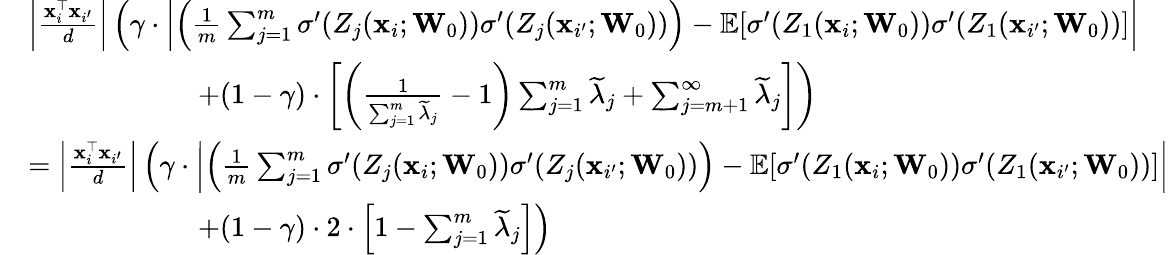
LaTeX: \begin{array}{rl}&{\left|\frac{\mathbf{x}_{i}^{\top}\mathbf{x}_{i^{\prime}}}{d}\right|\left(\gamma\cdot\left|\left(\frac{1}{m}\sum_{j=1}^{m}\sigma^{\prime}(Z_{j}(\mathbf{x}_{i};\mathbf{W}_{0}))\sigma^{\prime}(Z_{j}(\mathbf{x}_{i^{\prime}};\mathbf{W}_{0}))\right)-\mathbb E[\sigma^{\prime}(Z_{1}(\mathbf{x}_{i};\mathbf{W}_{0}))\sigma^{\prime}(Z_{1}(\mathbf{x}_{i^{\prime}};\mathbf{W}_{0}))]\right|\right.}\\ &{\qquad\qquad\qquad\left.+(1-\gamma)\cdot\left[\left(\frac{1}{\sum_{j=1}^{m}\widetilde\lambda_{j}}-1\right)\sum_{j=1}^{m}\widetilde\lambda_{j}+\sum_{j=m+1}^{\infty}\widetilde\lambda_{j}\right]\right)}\\ &{=\left|\frac{\mathbf{x}_{i}^{\top}\mathbf{x}_{i^{\prime}}}{d}\right|\left(\gamma\cdot\left|\left(\frac{1}{m}\sum_{j=1}^{m}\sigma^{\prime}(Z_{j}(\mathbf{x}_{i};\mathbf{W}_{0}))\sigma^{\prime}(Z_{j}(\mathbf{x}_{i^{\prime}};\mathbf{W}_{0}))\right)-\mathbb E[\sigma^{\prime}(Z_{1}(\mathbf{x}_{i};\mathbf{W}_{0}))\sigma^{\prime}(Z_{1}(\mathbf{x}_{i^{\prime}};\mathbf{W}_{0}))]\right|\right.}\\ &{\qquad\qquad\qquad\left.+(1-\gamma)\cdot 2\cdot\left[1-\sum_{j=1}^{m}\widetilde\lambda_{j}\right]\right)}\end{array}